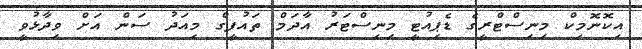
އިކޮނޮމިކް މިނިސްޓްރީގެ ޑެޕިއުޓީ މިނިސްޓަރު އާދަމް ތައުފީގް މިއަދު ސަން އަށް ވިދާޅުވީ